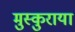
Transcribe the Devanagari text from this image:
मुस्कुराया